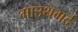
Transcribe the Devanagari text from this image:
माउथगर्द